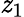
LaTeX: \mathit{z}_{1}